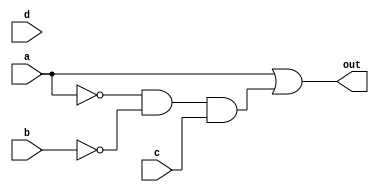
module top_module(
    input a,
    input b,
    input c,
    input d,
    output out  ); 
    assign out=a|(!a&!b&c);
endmodule